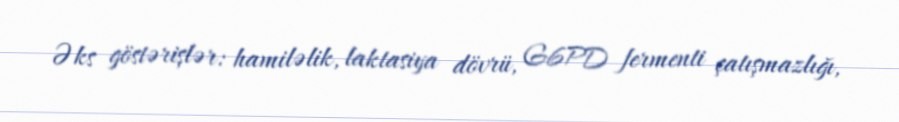
Əks göstərişlər: hamiləlik, laktasiya dövrü, G6PD fermenti çatışmazlığı,